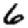
Digit: 6